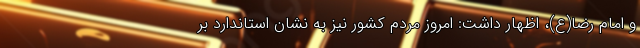
و امام رضا(ع)، اظهار داشت: امروز مردم کشور نیز به نشان استاندارد بر